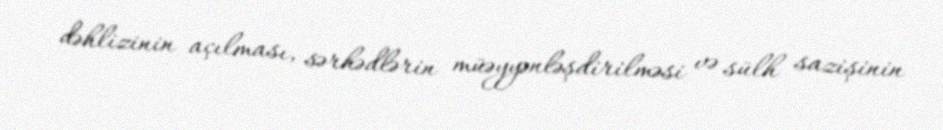
dəhlizinin açılması, sərhədlərin müəyyənləşdirilməsi və sülh sazişinin